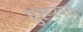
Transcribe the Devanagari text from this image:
पुरूरवस्